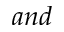
a n d